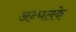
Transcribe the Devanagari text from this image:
अन्चलके